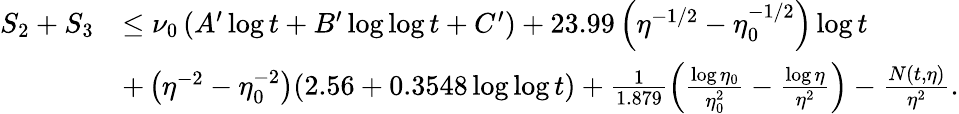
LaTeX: \begin{array}{rl}{S_{2}+S_{3}}&{\le\nu_{0}\left(A^{\prime}\log t+B^{\prime}\log\log t+C^{\prime}\right)+23.99\left(\eta^{-1/2}-\eta_{0}^{-1/2}\right)\log t}\\ &{+\left(\eta^{-2}-\eta_{0}^{-2}\right)(2.56+0.3548\log\log t)+\frac{1}{1.879}\left(\frac{\log\eta_{0}}{\eta_{0}^{2}}-\frac{\log\eta}{\eta^{2}}\right)-\frac{N(t,\eta)}{\eta^{2}}.}\end{array}